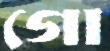
গো